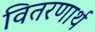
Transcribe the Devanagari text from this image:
वितरणार्थ